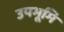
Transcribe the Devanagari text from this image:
उपभूमि